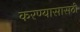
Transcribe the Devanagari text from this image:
करण्यासासठी